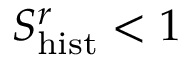
S _ { \mathrm { h i s t } } ^ { r } < 1